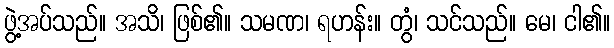
ဖွဲ့အပ်သည်။ အသိ၊ ဖြစ်၏။ သမဏ၊ ရဟန်း။ တွံ၊ သင်သည်။ မေ၊ ငါ၏။